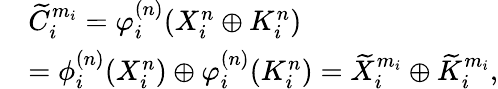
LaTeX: \begin{array}{rl}&{\widetilde{C}_{i}^{m_{i}}=\varphi_{i}^{(n)}({{X}_{i}^{n}}\oplus{{K}_{i}^{n}})}\\ &{=\phi_{i}^{(n)}({{X}_{i}^{n}})\oplus\varphi_{i}^{(n)}({{K}_{i}^{n}})=\widetilde{X}_{i}^{m_{i}}\oplus\widetilde{K}_{i}^{m_{i}},}\end{array}